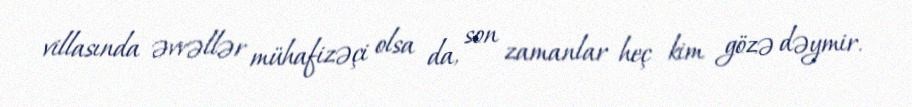
villasında əvvəllər mühafizəçi olsa da, son zamanlar heç kim gözə dəymir.